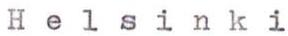
Helsinki